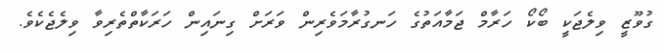
ގުވޫޒީ ވިލެޖަކީ ބޯކޯ ހަރާމް ޖަމާއަތުގެ ހަނގުރާމަވެރިން ވަރަށް ގިނައިން ހަރަކާތްތެރިވާ ވިލެޖެކެވެ.